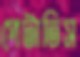
পেটাতিস